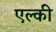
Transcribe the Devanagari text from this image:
एल्की